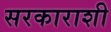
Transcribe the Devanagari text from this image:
सरकाराशी